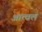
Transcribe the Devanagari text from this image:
आत्वल